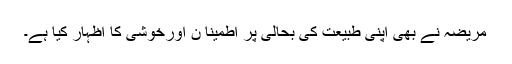
مریضہ نے بھی اپنی طبیعت کی بحالی پر اطمینا ن اورخوشی کا اظہار کیا ہے۔